38_143685_box7_Incident_Summaries_1-100
Agency: Department of War
Page 110
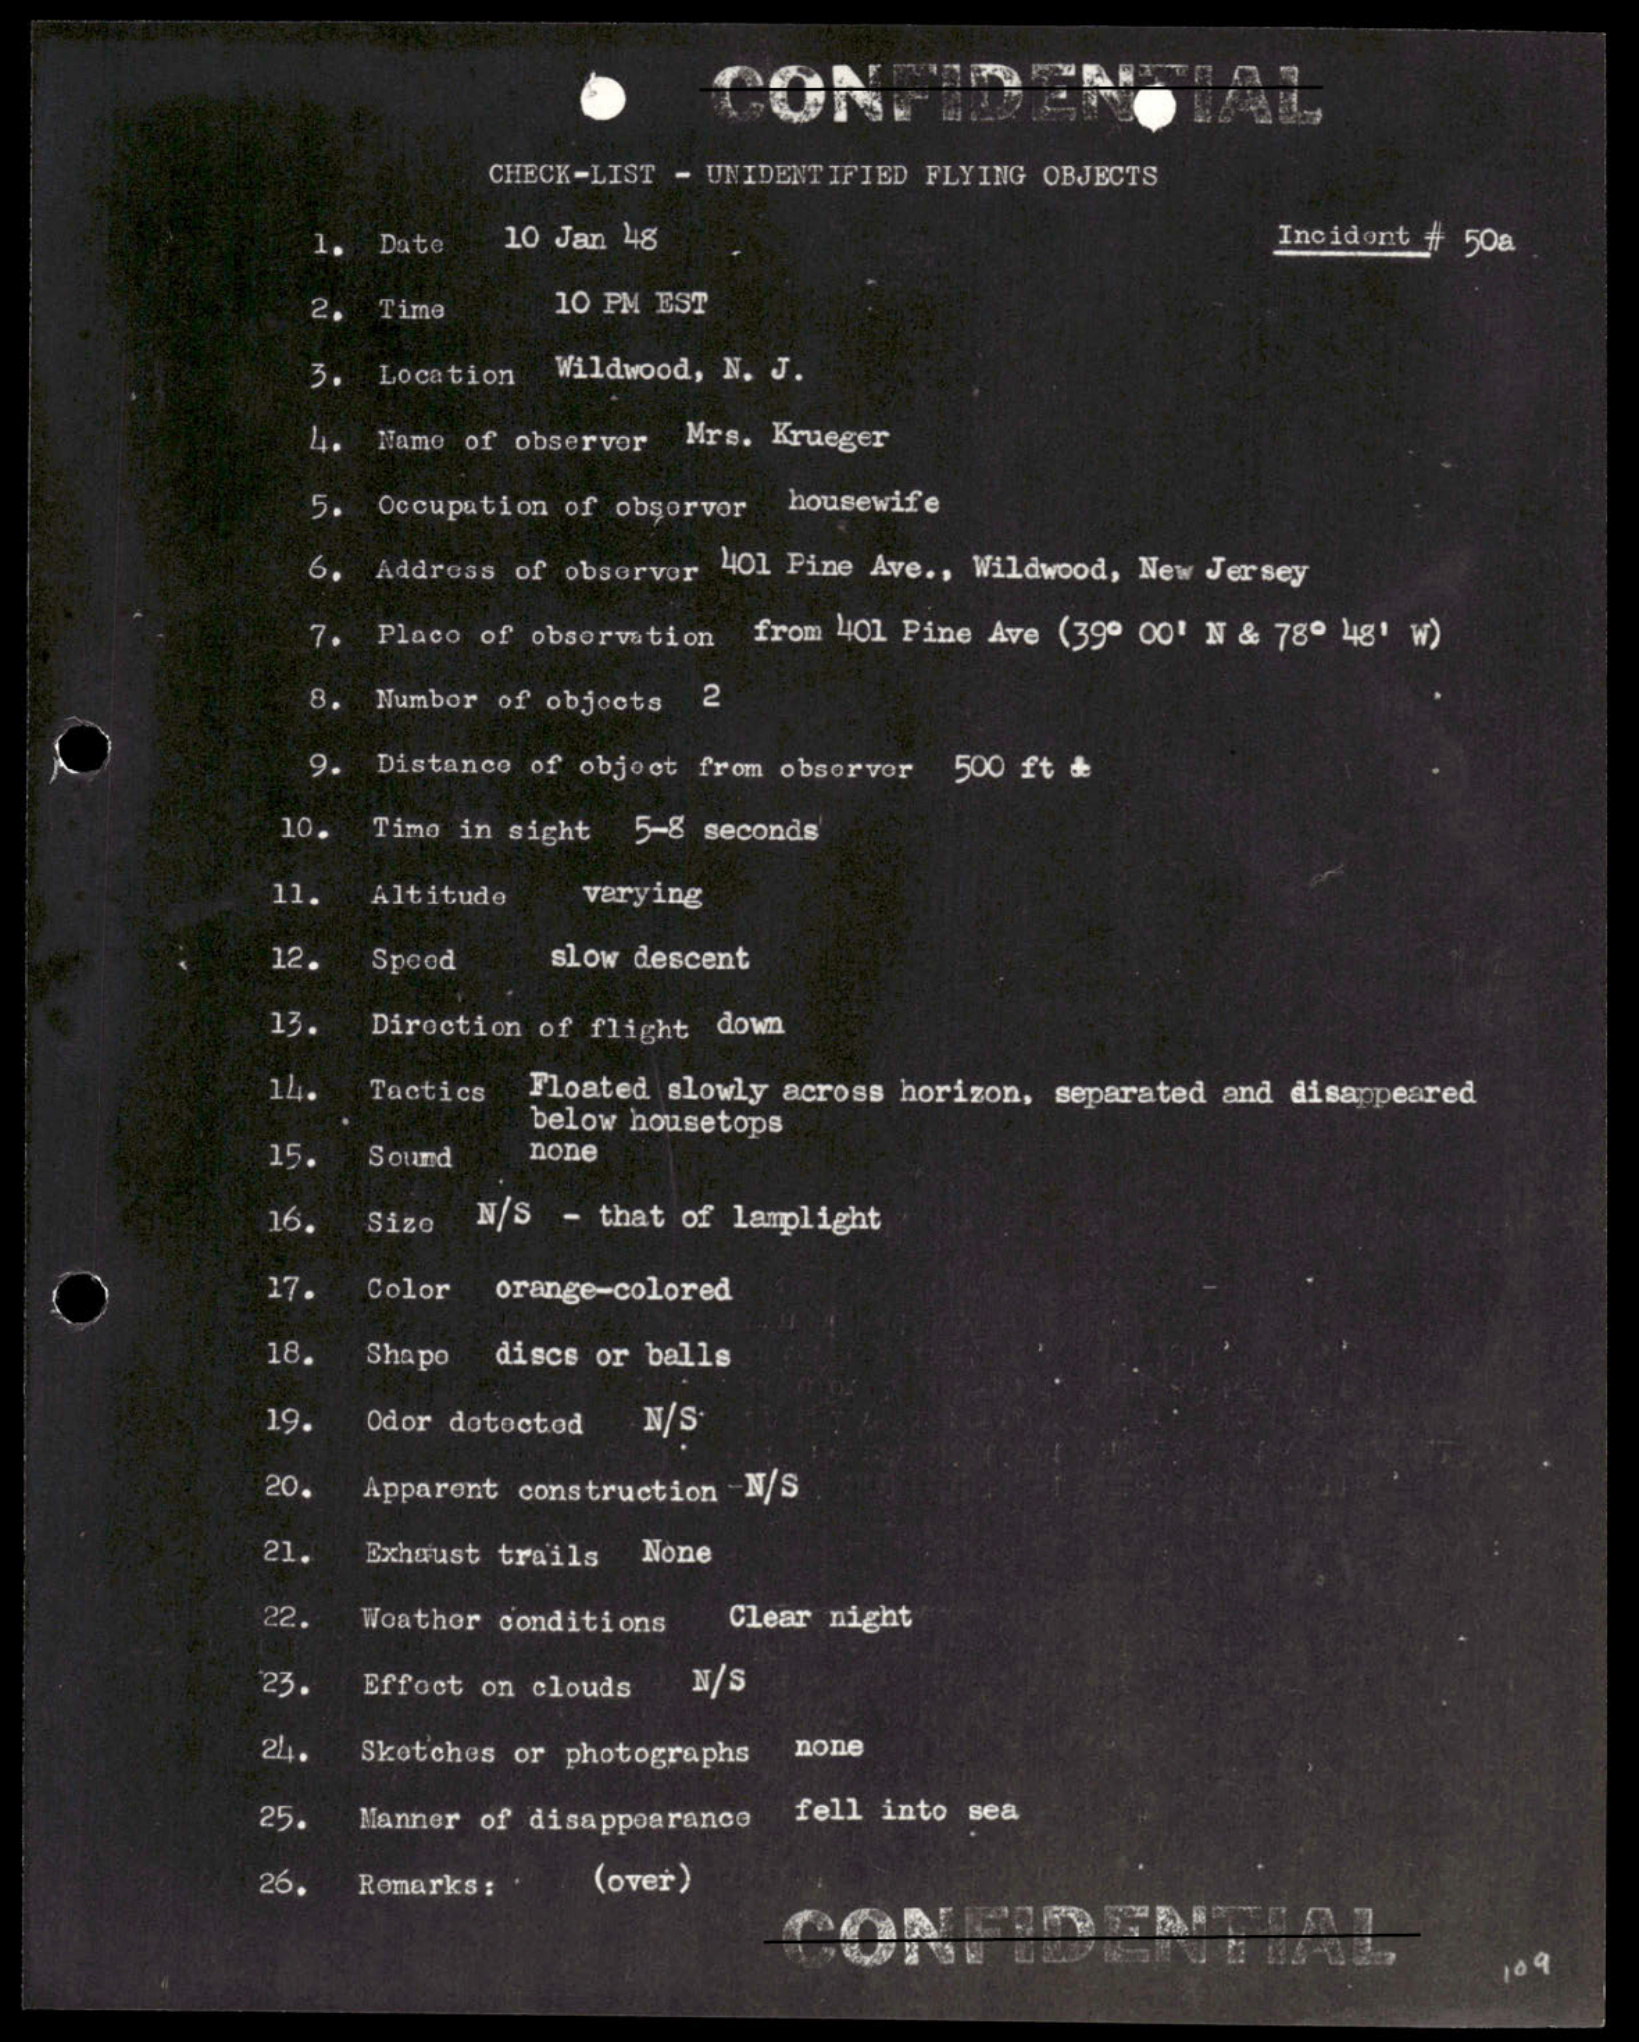